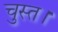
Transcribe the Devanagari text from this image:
चुस्त।